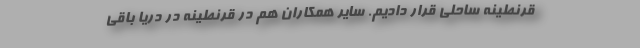
قرنطینه ساحلی قرار دادیم. سایر همکاران هم در قرنطینه در دریا باقی